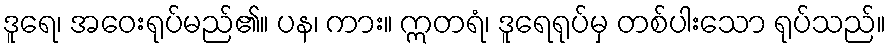
ဒူရေ၊ အဝေးရုပ်မည်၏။ ပန၊ ကား။ ဣတရံ၊ ဒူရေရုပ်မှ တစ်ပါးသော ရုပ်သည်။